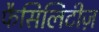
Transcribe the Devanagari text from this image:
फैसिलिटीज़